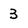
Character: 3